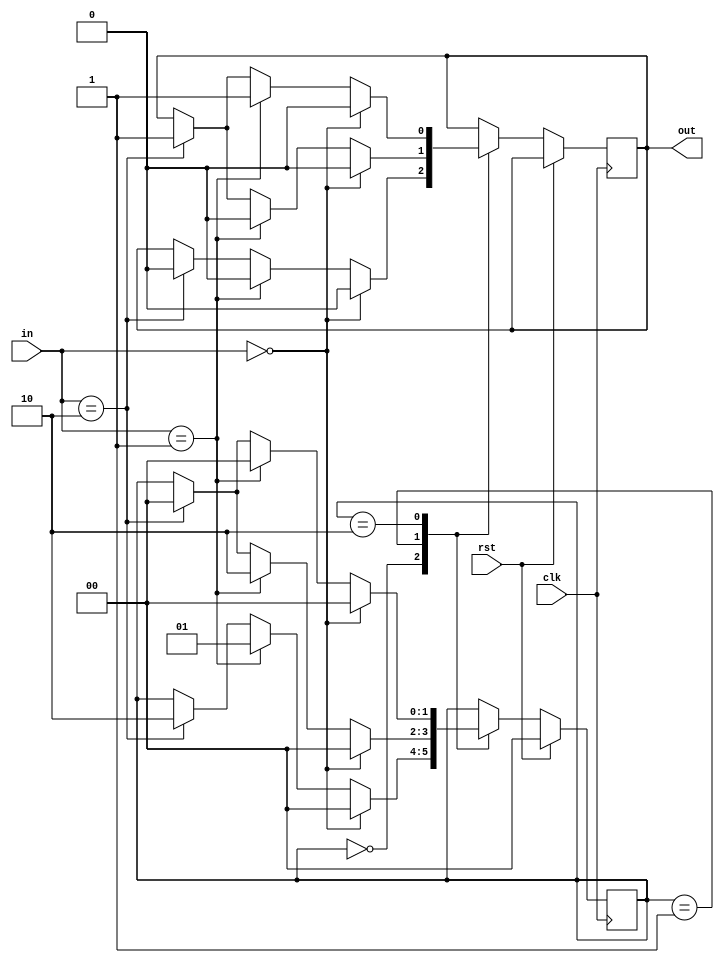
///1ps

module pes_ptvm(
	input clk,
	input rst,
	input [1:0]in,
	output reg out
);

parameter s0 = 2'b00;
parameter s1 = 2'b01;
parameter s2 = 2'b10;

reg [1:0]c_state; reg [1:0]n_state;

always @(posedge clk)
	begin
	if(rst)
		begin
		c_state = 0;
		n_state = 0;
		end
	else
		begin
		c_state = n_state;
		case(c_state)
		s0: if(in == 0)
			begin
			n_state = s0;
			out = 0;
			end
		
		else if(in== 2'b01)
			begin
			n_state = s1;
			out = 0;
			end
			
		else if(in == 2'b10)
			begin
			n_state = s2;
			out = 0;
			end
			
		s1: if(in == 0)
			begin
			n_state = s0;
			out = 0;
			end
		
		else if(in== 2'b01)
			begin
			n_state = s2;
			out = 0;
			end
			
		else if(in == 2'b10)
			begin
			n_state = s0;
			out = 1;
			end
			
		s2: if(in == 0)
			begin
			n_state = s0;
			out = 0;
			end
		
		else if(in== 2'b01)
			begin
			n_state = s0;
			out = 1;
			end
			
		else if(in == 2'b10)
			begin
			n_state = s0;
			out = 1;
			end 
			
		endcase
		
		end
	end
	
endmodule
		
			
/*		
//testbench
//'include "vending.v"
module pesptvending_machine_tb;

	reg clk;
	reg rst;
	reg [1:0]in;
	
	wire out;
	
	pes_ptv_machine uut(
		.in(in),
		.clk(clk),
		.rst(rst),
		.out(out)
	);
	
	initial begin
	$dumpfile("ticketvending.vcd");
	$dumpvars(0,vending_machine_tb);
	rst = 1;
	clk = 0;
	
	#6 rst = 0;
	in = 1;
	
	#19 in = 2; #10;
	end
	
	
	always #5 clk = ~clk;
	
endmodule
*/